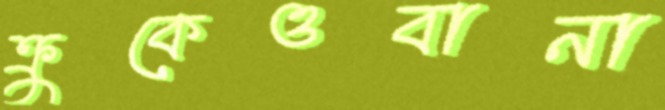
ক্রুকেওবানা